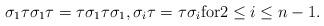
LaTeX: \begin{gather*} \sigma_1 \tau \sigma_1 \tau=\tau \sigma_1 \tau \sigma_1,\sigma_i \tau=\tau \sigma_i {\rm for} 2 \le i \le n-1.\end{gather*}